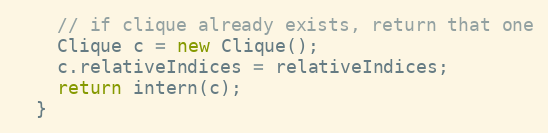
Language: Java
    // if clique already exists, return that one
    Clique c = new Clique();
    c.relativeIndices = relativeIndices;
    return intern(c);
  }